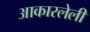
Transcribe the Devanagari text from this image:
आकारलेली